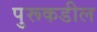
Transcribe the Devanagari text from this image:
पुरूकडील